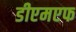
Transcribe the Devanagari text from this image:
डीएमएफ